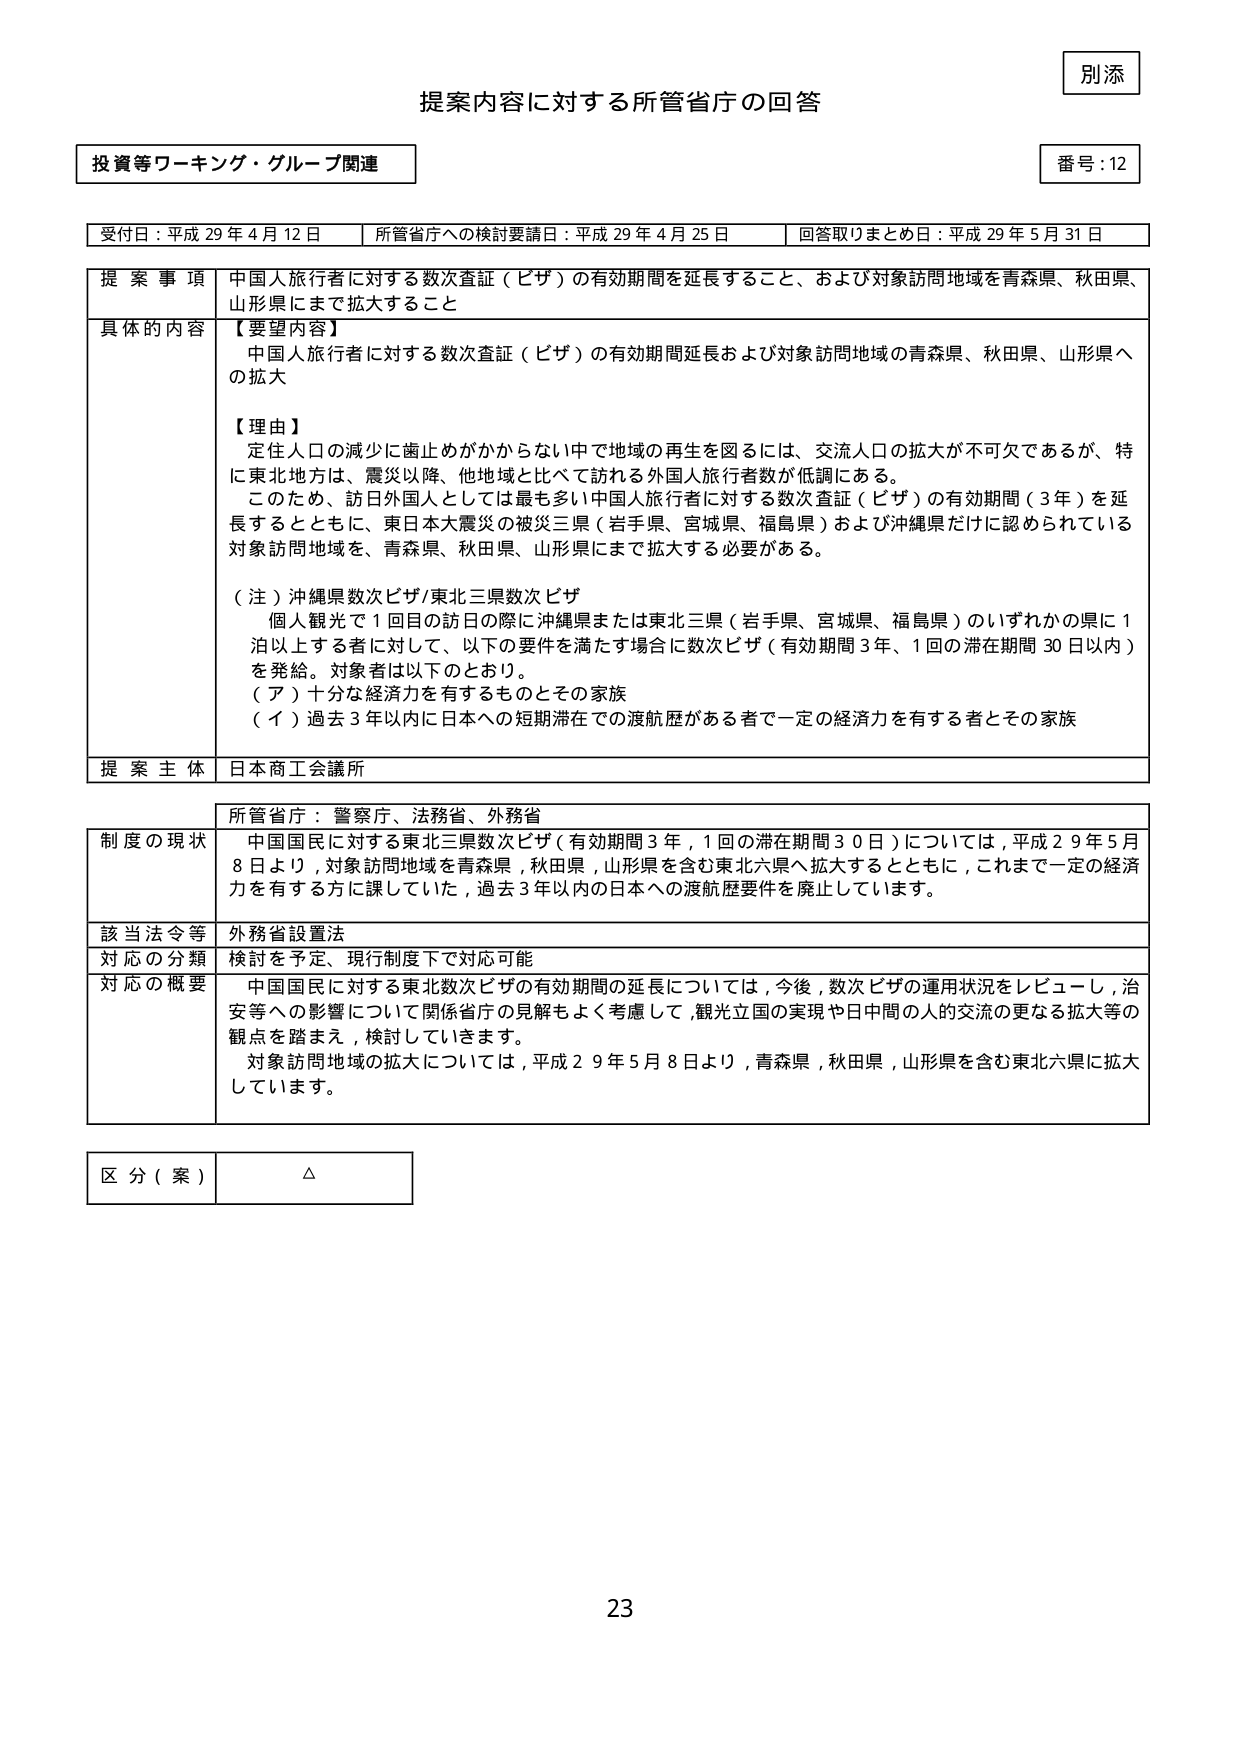
別添
提案内容に対する所管省庁の回答
投資等ワーキング・グループ関連
番号：12

受付日：平成29年4月12日　所管省庁への検討要請日：平成29年4月25日　回答取りまとめ日：平成29年5月31日

提案事項　中国人旅行者に対する数次査証（ビザ）の有効期間を延長すること、および対象訪問地域を青森県、秋田県、山形県にまで拡大すること

具体的な内容
【要望内容】
中国人旅行者に対する数次査証（ビザ）の有効期間延長および対象訪問地域の青森県、秋田県、山形県への拡大

【理由】
定住人口の減少に歯止めがかからない中で地域の再生を図るには、交流人口の拡大が不可欠であるが、特に東北地方は、震災以降、他地域と比べて訪れる外国人旅行者数が低調である。
このため、訪日外国人としては最も多い中国人旅行者に対する数次査証（ビザ）の有効期間（3年）を延長するとともに、東日本大震災の被災三県（岩手県、宮城県、福島県）および沖縄県だけに認められている対象訪問地域を、青森県、秋田県、山形県にまで拡大する必要がある。

（注）沖縄県数次ビザ/東北三県数次ビザ
個人観光で1回目の訪日の際に沖縄県または東北三県（岩手県、宮城県、福島県）のいずれかの県に1泊以上する者に対して、以下の要件を満たす場合に数次ビザ（有効期間3年、1回の滞在期間30日以内）を発給。対象者は以下のとおり。
（ア）十分な経済力を有するものとその家族
（イ）過去3年以内に日本への短期滞在での渡航歴がある者で一定の経済力を有する者とその家族

提案主体　日本商工会議所

所管省庁：警察庁、法務省、外務省

制度の現状　中国国民に対する東北三県数次ビザ（有効期間3年、1回の滞在期間30日）については、平成29年5月8日より、対象訪問地域を青森県、秋田県、山形県を含む東北六県へ拡大するとともに、これまで一定の経済力を有する方に課していた、過去3年以内の日本への渡航歴要件を廃止しています。

該当法令等　外務省設置法

対応の分類　検討を予定、現行制度下で対応可能

対応の概要　中国国民に対する東北数次ビザの有効期間の延長については、今後、数次ビザの運用状況をレビューし、治安等への影響について関係省庁の見解もよく考慮して、観光立国の実現や日中間の人的交流の更なる拡大等の観点を踏まえ、検討していきます。
対象訪問地域の拡大については、平成29年5月8日より、青森県、秋田県、山形県を含む東北六県に拡大しています。

区分（案）　△

23